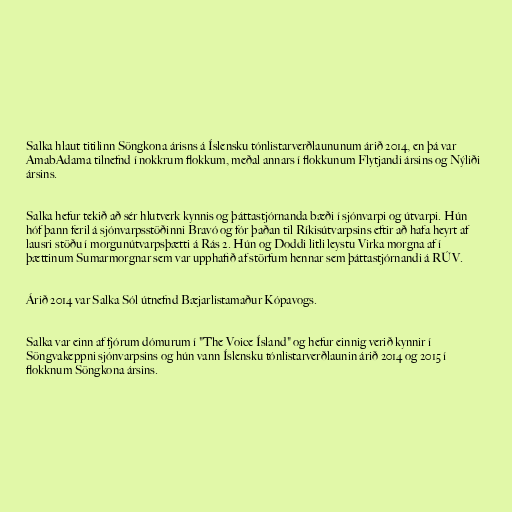
Salka hlaut titilinn Söngkona árisns á Íslensku tónlistarverðlaununum árið 2014, en þá var
AmabAdama tilnefnd í nokkrum flokkum, meðal annars í flokkunum Flytjandi ársins og Nýliði
ársins.

Salka hefur tekið að sér hlutverk kynnis og þáttastjórnanda bæði í sjónvarpi og útvarpi. Hún
hóf þann feril á sjónvarpsstöðinni Bravó og fór þaðan til Ríkisútvarpsins eftir að hafa heyrt af
lausri stöðu í morgunútvarpsþætti á Rás 2. Hún og Doddi litli leystu Virka morgna af í
þættinum Sumarmorgnar sem var upphafið af störfum hennar sem þáttastjórnandi á RÚV.

Árið 2014 var Salka Sól útnefnd Bæjarlistamaður Kópavogs.

Salka var einn af fjórum dómurum í "The Voice Ísland" og hefur einnig verið kynnir í
Söngvakeppni sjónvarpsins og hún vann Íslensku tónlistarverðlaunin árið 2014 og 2015 í
flokknum Söngkona ársins.